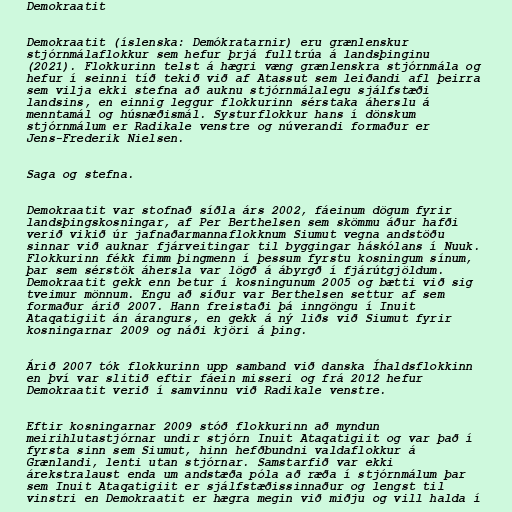
Demokraatit

Demokraatit (íslenska: Demókratarnir) eru grænlenskur
stjórnmálaflokkur sem hefur þrjá fulltrúa á landsþinginu
(2021). Flokkurinn telst á hægri væng grænlenskra stjórnmála og
hefur í seinni tíð tekið við af Atassut sem leiðandi afl þeirra
sem vilja ekki stefna að auknu stjórnmálalegu sjálfstæði
landsins, en einnig leggur flokkurinn sérstaka áherslu á
menntamál og húsnæðismál. Systurflokkur hans í dönskum
stjórnmálum er Radikale venstre og núverandi formaður er
Jens-Frederik Nielsen.

Saga og stefna.

Demokraatit var stofnað síðla árs 2002, fáeinum dögum fyrir
landsþingskosningar, af Per Berthelsen sem skömmu áður hafði
verið vikið úr jafnaðarmannaflokknum Siumut vegna andstöðu
sinnar við auknar fjárveitingar til byggingar háskólans í Nuuk.
Flokkurinn fékk fimm þingmenn í þessum fyrstu kosningum sínum,
þar sem sérstök áhersla var lögð á ábyrgð í fjárútgjöldum.
Demokraatit gekk enn betur í kosningunum 2005 og bætti við sig
tveimur mönnum. Engu að síður var Berthelsen settur af sem
formaður árið 2007. Hann freistaði þá inngöngu í Inuit
Ataqatigiit án árangurs, en gekk á ný liðs við Siumut fyrir
kosningarnar 2009 og náði kjöri á þing.

Árið 2007 tók flokkurinn upp samband við danska Íhaldsflokkinn
en því var slitið eftir fáein misseri og frá 2012 hefur
Demokraatit verið í samvinnu við Radikale venstre.

Eftir kosningarnar 2009 stóð flokkurinn að myndun
meirihlutastjórnar undir stjórn Inuit Ataqatigiit og var það í
fyrsta sinn sem Siumut, hinn hefðbundni valdaflokkur á
Grænlandi, lenti utan stjórnar. Samstarfið var ekki
árekstralaust enda um andstæða póla að ræða í stjórnmálum þar
sem Inuit Ataqatigiit er sjálfstæðissinnaður og lengst til
vinstri en Demokraatit er hægra megin við miðju og vill halda í